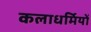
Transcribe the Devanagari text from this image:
कलाधर्मियों